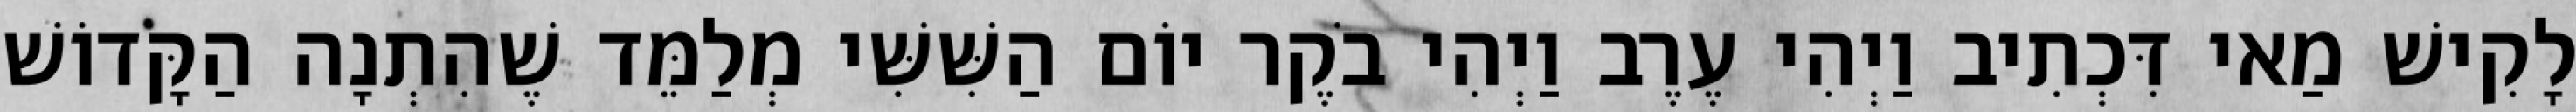
לָקִישׁ מַאי דִּכְתִיב וַיְהִי עֶרֶב וַיְהִי בֹקֶר יוֹם הַשִּׁשִּׁי מְלַמֵּד שֶׁהִתְנָה הַקָּדוֹשׁ